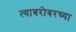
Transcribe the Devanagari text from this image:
त्याबरोबरच्या